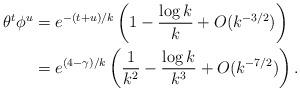
LaTeX: \begin{align*}\theta^t\phi^u&=e^{-(t+u)/k}\left( 1-\frac{\log k}{k}+O(k^{-3/2})\right)\\&=e^{(4-\gamma)/k}\left( \frac{1}{k^2}-\frac{\log k}{k^3}+O(k^{-7/2})\right).\end{align*}